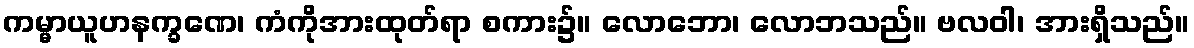
ကမ္မာယူဟနက္ခဏေ၊ ကံကိုအားထုတ်ရာ စကား၌။ လောဘော၊ လောဘသည်။ ဗလဝါ၊ အားရှိသည်။